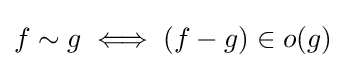
f\sim g\iff (f-g)\in o(g)